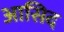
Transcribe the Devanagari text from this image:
आसिद